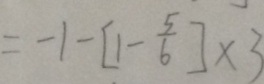
= - 1 - [ 1 - \frac { 5 } { 6 } ] \times 3